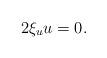
LaTeX: \begin{align*}2\xi_uu=0.\end{align*}